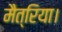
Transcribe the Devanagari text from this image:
मैत्रिया।